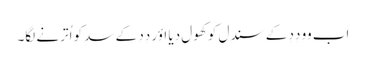
اَب وو دِدِ کے سندِل کو کھول دِیا اؤر دِدِ کے سدِ کو اُترنے لگا۔